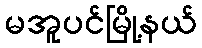
မအူပင်မြို့နယ်